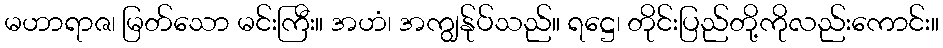
မဟာရာဇ၊ မြတ်သော မင်းကြီး။ အဟံ၊ အကျွန်ုပ်သည်။ ရဋ္ဌေ၊ တိုင်းပြည်တို့ကိုလည်းကောင်း။